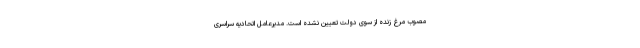
مصوب مرغ زنده از سوی دولت تعیین نشده است. مدیرعامل اتحادیه سراسری